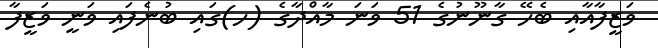
ވަޒީފާއާއި ބެހޭ ގާނޫނުގެ 51 ވަނަ މާއްދާގެ (ހ)ގައި ބުނެފައި ވަނީ ވަޒީފާ